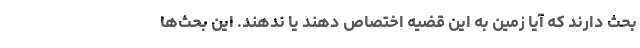
بحث دارند که آیا زمین به این قضیه اختصاص دهند یا ندهند. این بحث‌ها